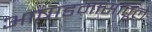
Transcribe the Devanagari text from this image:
आषाडमासांतूले